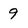
Character: 9